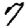
Digit: 7